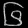
Digit: ၆